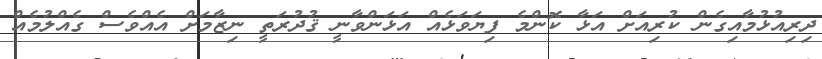
ދިރިއުޅުމާއިގެން ކުރިއަށް އަޅާ ކޮންމެ ފިޔަވަޅެއް އަޅަންވާނީ ޤުދުރަތީ ނިޒާމަށް އެއްވެސް ގެއްލުމެއް